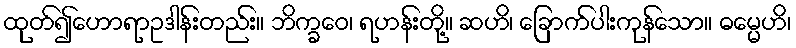
ထုတ်၍ဟောရာဥဒါန်းတည်း။ ဘိက္ခဝေ၊ ရဟန်းတို့။ ဆဟိ၊ ခြောက်ပါးကုန်သော။ ဓမ္မေဟိ၊